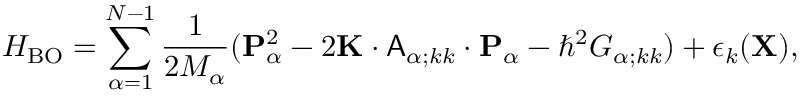
H _ { \mathrm { B O } } = \sum _ { \alpha = 1 } ^ { N - 1 } \frac { 1 } { 2 M _ { \alpha } } ( { \mathbf { P } } _ { \alpha } ^ { 2 } - 2 { \mathbf { K } } \cdot { \mathsf { A } } _ { \alpha ; k k } \cdot { \mathbf { P } } _ { \alpha } - \hbar ^ { 2 } G _ { \alpha ; k k } ) + \epsilon _ { k } ( { \mathbf { X } } ) ,